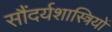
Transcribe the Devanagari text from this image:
सौंदर्यशास्त्रियों